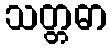
သတ္တဓာ